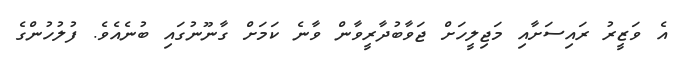
އެ ވަޒީރު ރައިސަށާއި މަޖިލީހަށް ޖަވާބުދާރީވާން ވާނެ ކަމަށް ގާނޫނުގައި ބުނެއެވެ. ފުލުހުންގެ